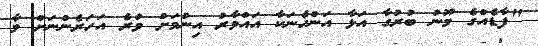
"ފާޑެއްގެ މޫނު ބުރުގާ އަޅާ އަންހެނަކާ އައްމާރު އިނުމަށް ވުރެ އަހަރެންނަށް މާ